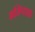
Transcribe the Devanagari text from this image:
महि़षाक्ष